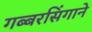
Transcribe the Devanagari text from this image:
गब्बरसिंगाने